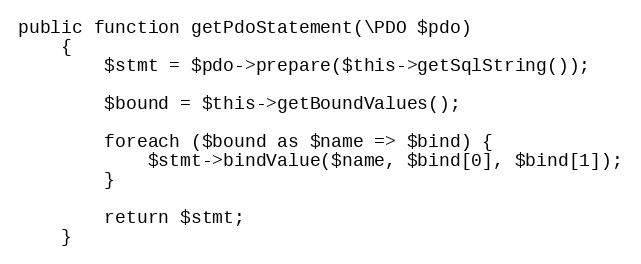
Language: PHP
public function getPdoStatement(\PDO $pdo)
    {
        $stmt = $pdo->prepare($this->getSqlString());

        $bound = $this->getBoundValues();

        foreach ($bound as $name => $bind) {
            $stmt->bindValue($name, $bind[0], $bind[1]);
        }

        return $stmt;
    }